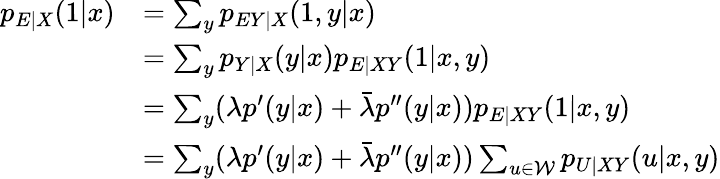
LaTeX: \begin{array}{rl}{p_{E|X}(1|x)}&{=\sum_{y}p_{EY|X}(1,y|x)}\\ &{=\sum_{y}p_{Y|X}(y|x)p_{E|XY}(1|x,y)}\\ &{=\sum_{y}(\lambda p^{\prime}(y|x)+\bar{\lambda}p^{\prime\prime}(y|x))p_{E|XY}(1|x,y)}\\ &{=\sum_{y}(\lambda p^{\prime}(y|x)+\bar{\lambda}p^{\prime\prime}(y|x))\sum_{u\in\mathcal{W}}p_{U|XY}(u|x,y)}\end{array}